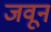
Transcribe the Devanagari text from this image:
जवून